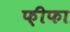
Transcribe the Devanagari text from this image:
फ़ीफा